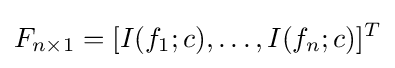
F_{n\times 1}=[I(f_{1};c),\ldots ,I(f_{n};c)]^{T}